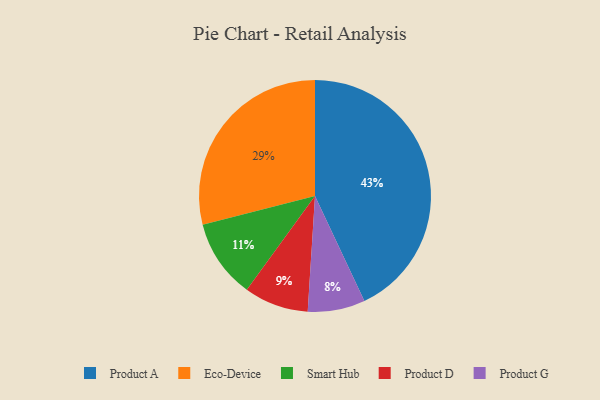
{"axis": {"x": "Category", "y": "Percentage"}, "legend": ["Eco-Device", "Product A", "Product D", "Product G", "Smart Hub"], "data": [{"x": "Smart Hub", "y": 11, "type": "Smart Hub"}, {"x": "Eco-Device", "y": 29, "type": "Eco-Device"}, {"x": "Product A", "y": 43, "type": "Product A"}, {"x": "Product G", "y": 8, "type": "Product G"}, {"x": "Product D", "y": 9, "type": "Product D"}]}